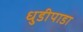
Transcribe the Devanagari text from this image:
धुडीपाडा